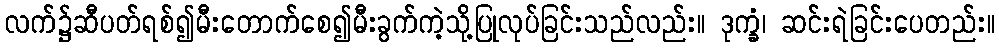
လက်၌ဆီပတ်ရစ်၍မီးတောက်စေ၍မီးခွက်ကဲ့သို့ပြုလုပ်ခြင်းသည်လည်း။ ဒုက္ခံ၊ ဆင်းရဲခြင်းပေတည်း။